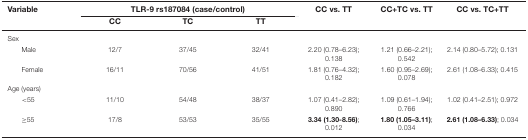
| Variable | <COLSPAN=3> TLR-9 rs187084 (case/control) | CC vs. TT | CC+TC vs. TT | CC vs. TC+TT |
 |  | CC | TC | TT |  |  |  |
 | --- | --- | --- | --- | --- | --- | --- |
 | Sex |  |  |  |  |  |  |
 | Male | 12/7 | 37/45 | 32/41 | 2.20 (0.78–6.23); 0.138 | 1.21 (0.66–2.21); 0.542 | 2.14 (0.80–5.72); 0.131 |
 | Female | 16/11 | 70/56 | 41/51 | 1.81 (0.76–4.32); 0.182 | 1.60 (0.95–2.69); 0.078 | 2.61 (1.08–6.33); 0.415 |
 | Age (years) |  |  |  |  |  |  |
 | <55 | 11/10 | 54/48 | 38/37 | 1.07 (0.41–2.82); 0.890 | 1.09 (0.61–1.94); 0.766 | 1.02 (0.41–2.51); 0.972 |
 | ≥55 | 17/8 | 53/53 | 35/55 | 3.34 (1.30-8.56); 0.012 | 1.80 (1.05–3.11); 0.034 | 2.61 (1.08–6.33); 0.034 |